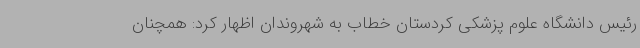
رئیس دانشگاه علوم پزشکی کردستان خطاب به شهروندان اظهار کرد: همچنان